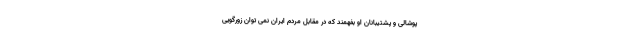
پوشالی و پشتیبانان او بفهمند که در مقابل مردم ایران نمی توان زورگویی